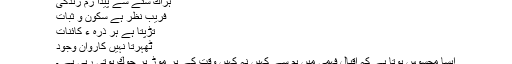
ہراك شئے سے پیدا رمِ زندگی
فریبِ نظر ہے سكون و ثبات
تڑپتا ہے ہر ذرّہ ء كائنات
ٹھہرتا نہیں كاروانِ وجود
ایسا محسوس ہوتا ہے كہ اقبال فہمی میں ہم سے كہیں نہ كہیں وقت كے ہر موڑ پر چوك ہوتی رہی ہے ۔